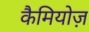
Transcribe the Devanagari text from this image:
कैमियोज़